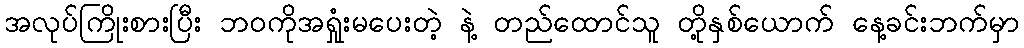
အလုပ်ကြိုးစားပြီး ဘဝကိုအရှုံးမပေးတဲ့ နဲ့ တည်ထောင်သူ တို့နှစ်ယောက် နေ့ခင်းဘက်မှာ